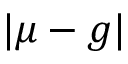
| \mu - g |